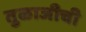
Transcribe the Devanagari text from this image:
तुळाजीची